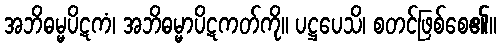
အဘိဓမ္မပိဋကံ၊ အဘိဓမ္မာပိဋကတ်ကို။ ပဋ္ဌပေသိ၊ စတင်ဖြစ်စေ၏။